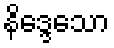
နိဒ္ဒေသော